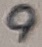
Text: 9